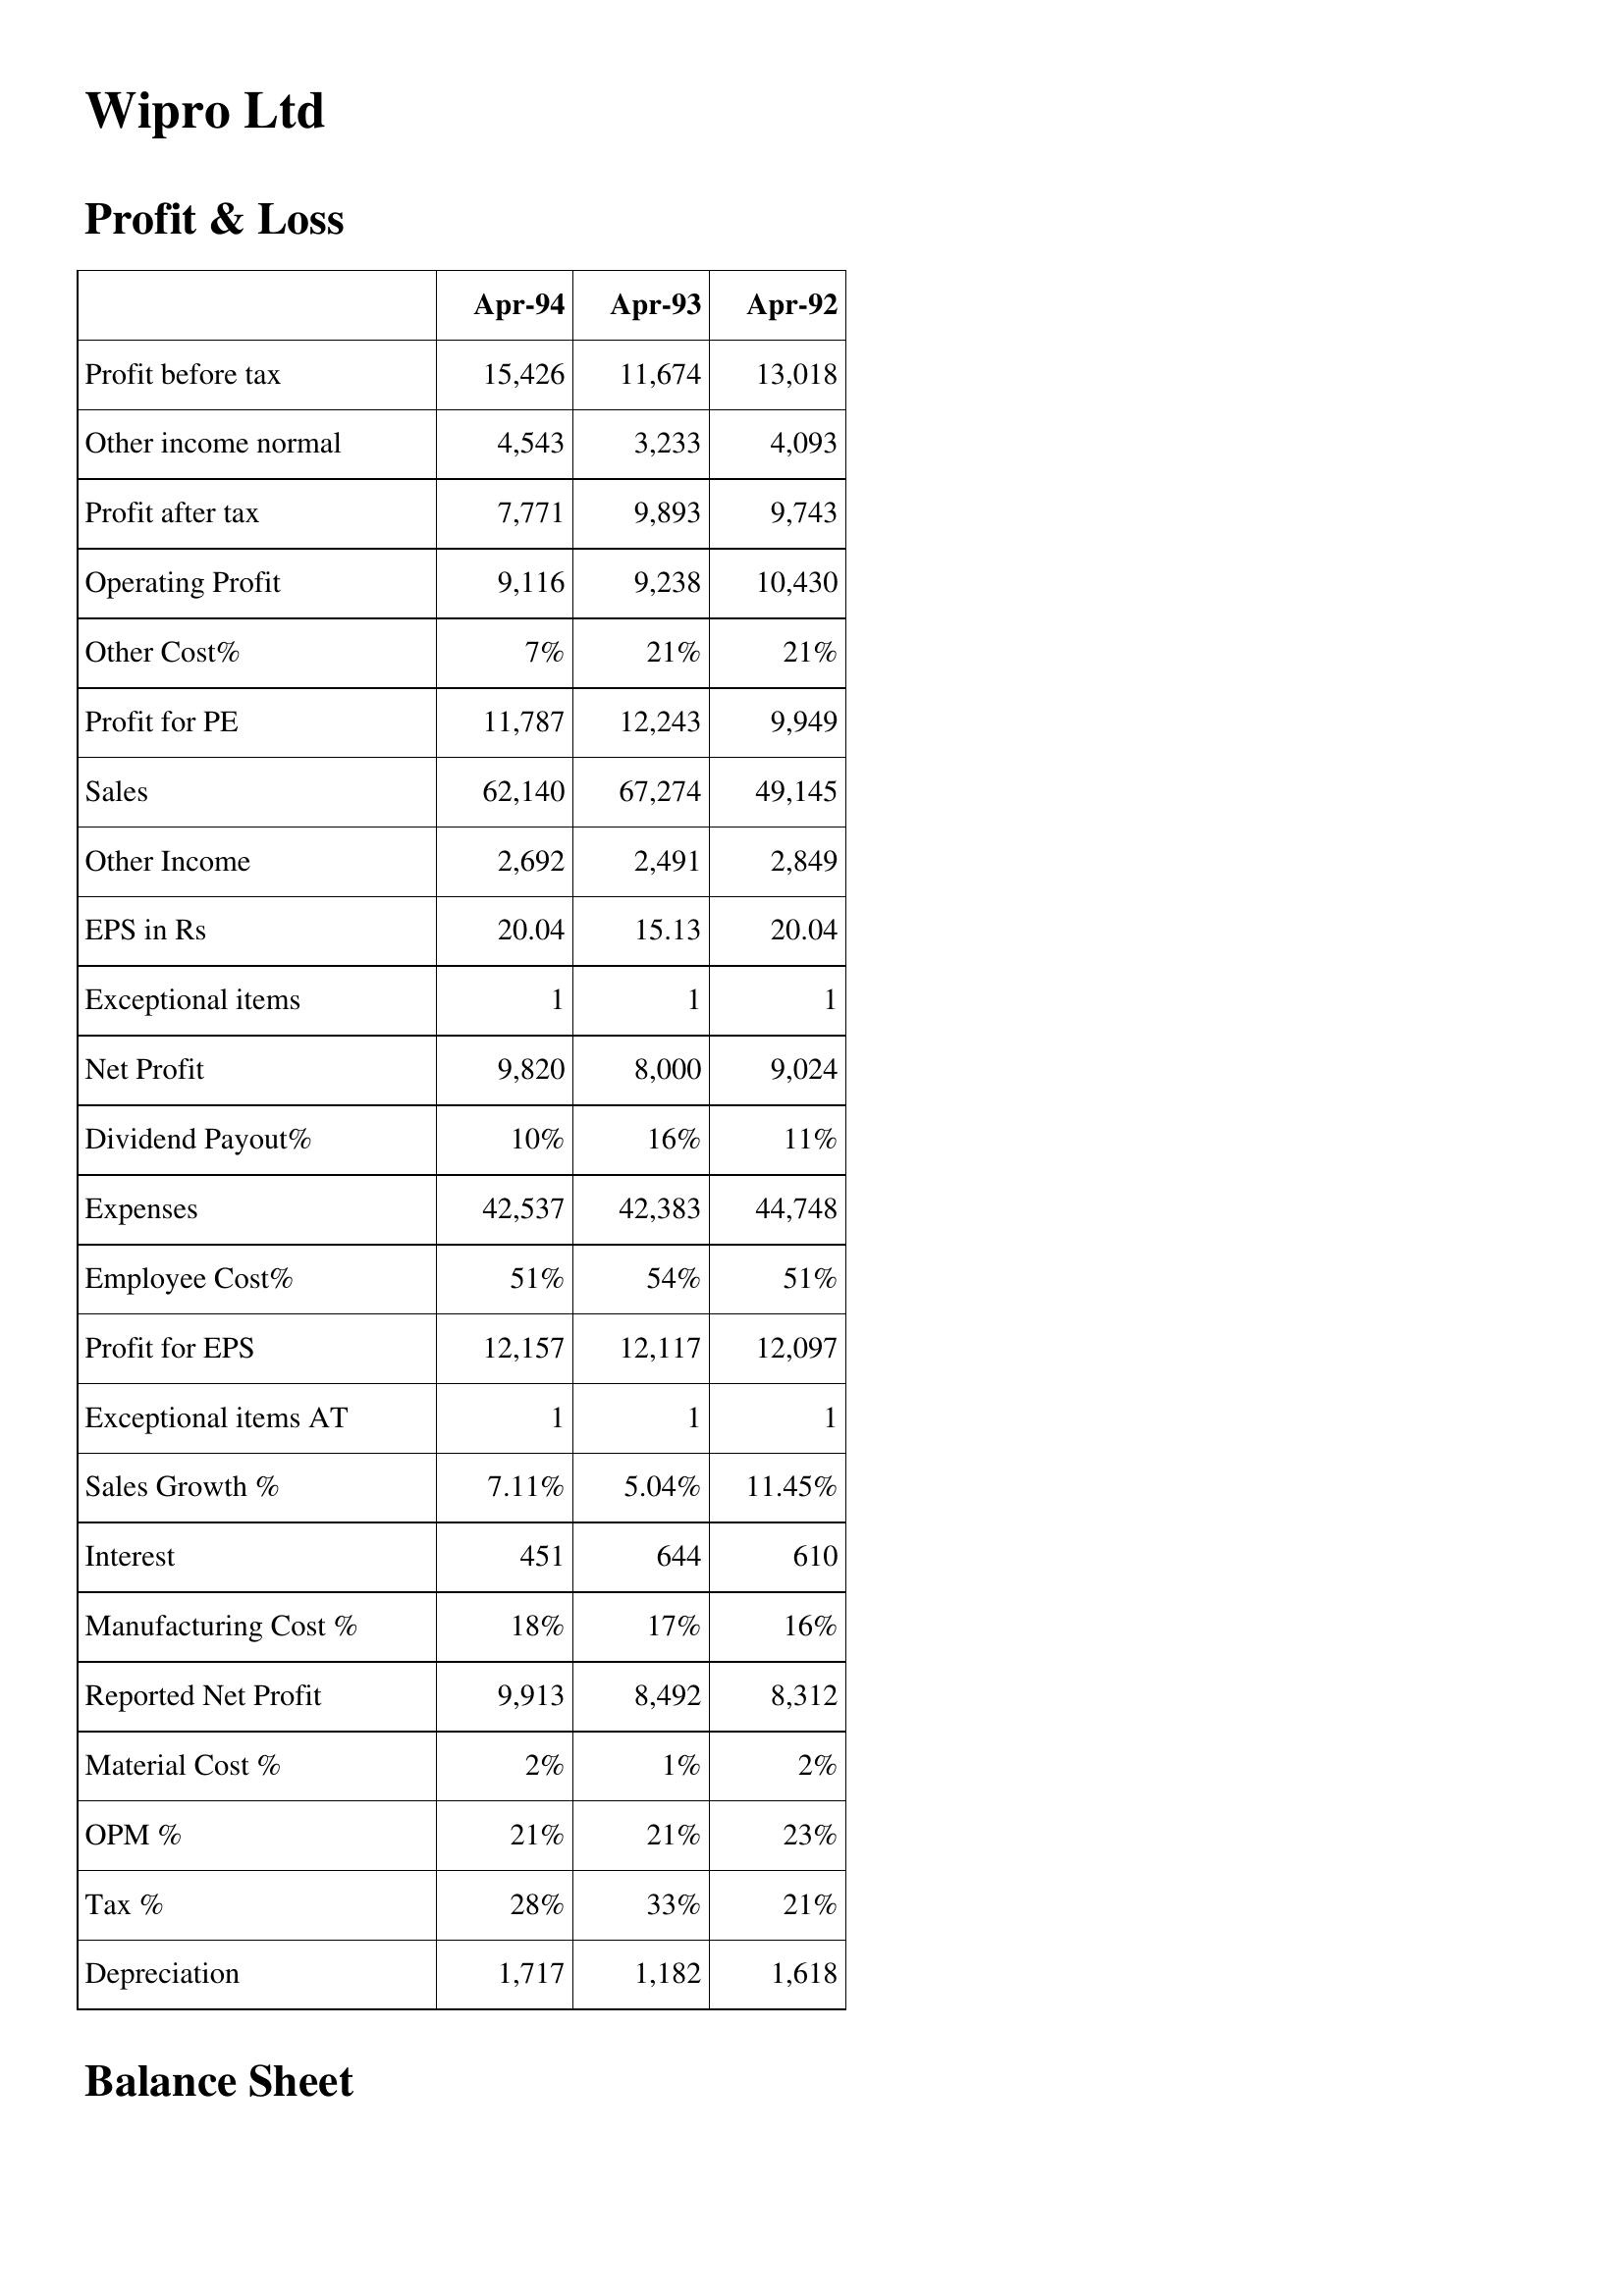
Apr-94: Profit & Loss: Profit before tax: 15,426
Other income normal: 4,543
Profit after tax: 7,771
Operating Profit: 9,116
Other Cost%: 7%
Profit for PE: 11,787
Sales: 62,140
Other Income: 2,692
EPS in Rs: 20.04
Exceptional items: 1
Net Profit: 9,820
Dividend Payout%: 10%
Expenses: 42,537
Employee Cost%: 51%
Profit for EPS: 12,157
Exceptional items AT: 1
Sales Growth %: 7.11%
Interest: 451
Manufacturing Cost %: 18%
Reported Net Profit: 9,913
Material Cost %: 2%
OPM %: 21%
Tax %: 28%
Depreciation: 1,717
Apr-93: Profit & Loss: Profit before tax: 11,674
Other income normal: 3,233
Profit after tax: 9,893
Operating Profit: 9,238
Other Cost%: 21%
Profit for PE: 12,243
Sales: 67,274
Other Income: 2,491
EPS in Rs: 15.13
Exceptional items: 1
Net Profit: 8,000
Dividend Payout%: 16%
Expenses: 42,383
Employee Cost%: 54%
Profit for EPS: 12,117
Exceptional items AT: 1
Sales Growth %: 5.04%
Interest: 644
Manufacturing Cost %: 17%
Reported Net Profit: 8,492
Material Cost %: 1%
OPM %: 21%
Tax %: 33%
Depreciation: 1,182
Apr-92: Profit & Loss: Profit before tax: 13,018
Other income normal: 4,093
Profit after tax: 9,743
Operating Profit: 10,430
Other Cost%: 21%
Profit for PE: 9,949
Sales: 49,145
Other Income: 2,849
EPS in Rs: 20.04
Exceptional items: 1
Net Profit: 9,024
Dividend Payout%: 11%
Expenses: 44,748
Employee Cost%: 51%
Profit for EPS: 12,097
Exceptional items AT: 1
Sales Growth %: 11.45%
Interest: 610
Manufacturing Cost %: 16%
Reported Net Profit: 8,312
Material Cost %: 2%
OPM %: 23%
Tax %: 21%
Depreciation: 1,618